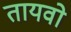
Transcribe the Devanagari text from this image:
तायवो